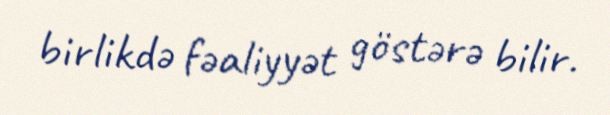
birlikdə fəaliyyət göstərə bilir.